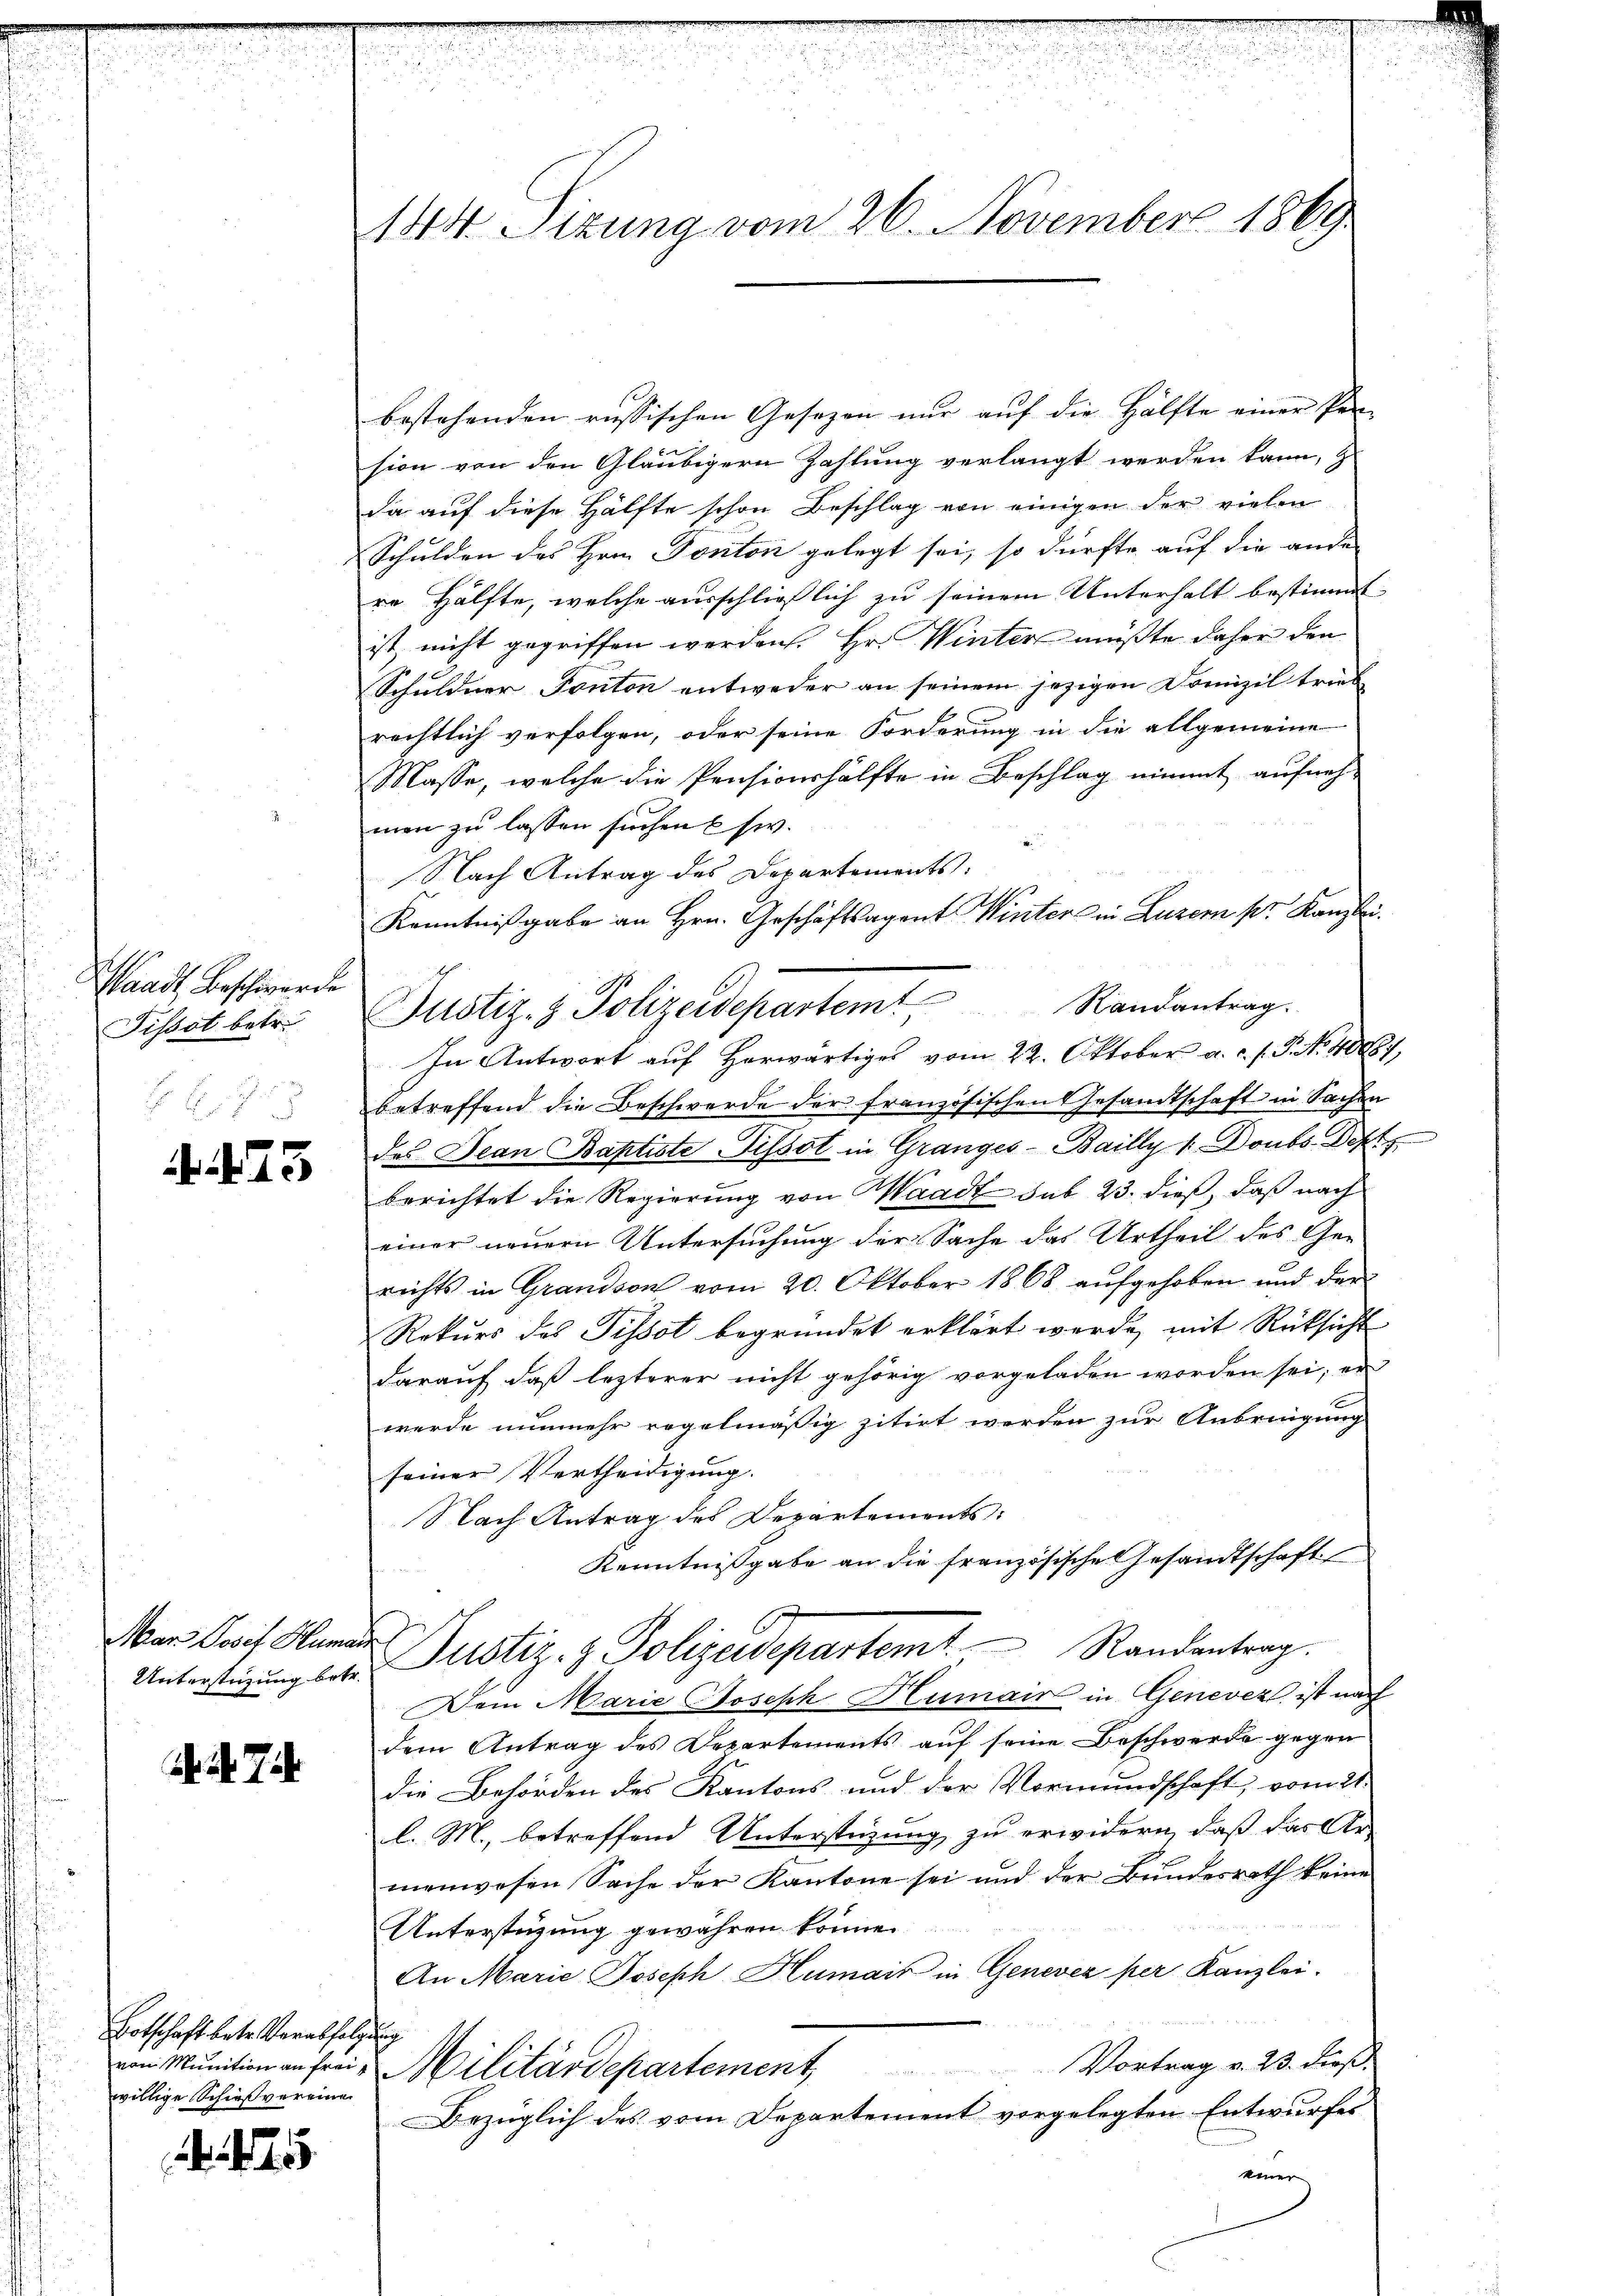
Waadt, Beschwerde
Tissot betr.

23

Unterstüzung betr.

7

Botschaft betr. Verabfolgung
willige Schießvereine

te

144 Sizung vom 26. November 1869

bestehenden russischen Gesezen nur auf die Hälfte einer Per-
sion von den Gläubigern Zahlung verlangt werden kann, &
da auf diese Hälfte schon Beschlag von einigen der vielen
Schulden des Hrn. Ponton gelegt sei, so dürfte auf die ander
re Hälfte, welche ausschließlich zu seinem Unterhalt bestimmt
ist, nicht gegriffen werden. Hr. Winter müßte daher den
Schuldner Ponton entweder an seinem jezigen Domizil trieb
rechtlich verfolgen, oder seine Forderung in die allgemeine
Masse, welche die Pensionshälfte in Beschlag nimmt aufneh-
men zu lassen suchen usw.
Nach Antrag des Departements:
Kenntnißgabe an Hrn. Geschäftsagent Winters in Luzern pr. Kanzlei.
In Antwort aŭf herwärtiges vom 22. Oktober a. c. s. S. N. 40887,
betreffend die Beschwerde der französischen Gesandtschaft in Sachen
des Jean Baptiste Pissot in Granges-Bailly v. Doubs Dept
berichtet die Regierung von Waadt sub 23. dieß, daß nach
einer neuern Untersuchung der Sache das Urtheil des Ge-
reichts in Grandson vom 20. Oktober 1868 aufgehoben und der
Rekurs des Pissot begründet erklärt werde, mit Rücksicht
darauf, daß lezterer nicht gehörig vorgeladen worden sei; er
werde nunmehr regelmäßig zitirt werden zur Anbringung
seiner Vertheidigung.
Nach Antrag des Departements:
Kenntnißgabe an die französische Gesandtschaft
Aar darf Hander Justiz- & Polizeidepartemt. Randentrag.
Dem Marie Joseph Humair in Genevez ist nach
dem Antrag des Departements auf seine Beschwerde gegen
die Behörden des Kantons und der Vormundschaft, vom 21.
l. M., betreffend Unterstüzung zu erwidern, daß das Ar-
menwesen Sache der Kantone sei und der Bundesrath keine
Unterstüzung gewähren könne.
An Marie Joseph Humair in Genevez per Kanzlei-
Vortrag v. 23. dieß.
von Munition an frei Militärdepartement
Bezüglich des vom Departement vorgelegten Entwurfes
ttner

Justiz- & Polizeidepartem Randantrag.